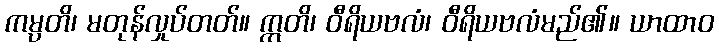
ကမ္ပတိ၊ မတုန်လှုပ်တတ်။ ဣတိ၊ ဝီရိယဗလံ၊ ဝီရိယဗလံမည်၏။ ယာထာဝ